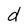
Character: d